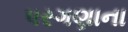
પરગણાના